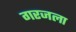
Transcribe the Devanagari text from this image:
गरजला